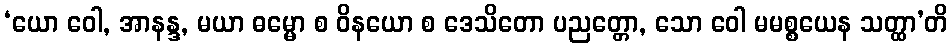
‘ယော ဝေါ, အာနန္ဒ, မယာ ဓမ္မော စ ဝိနယော စ ဒေသိတော ပညတ္တော, သော ဝေါ မမစ္စယေန သတ္ထာ’တိ